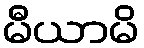
မီယာမိ